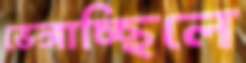
ভেঙ্গাচ্ছিলে